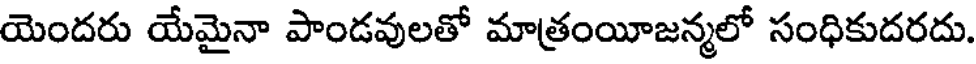
యెందరు యేమైనా పాండవులతో మాత్రంయీజన్మలో సంధికుదరదు.